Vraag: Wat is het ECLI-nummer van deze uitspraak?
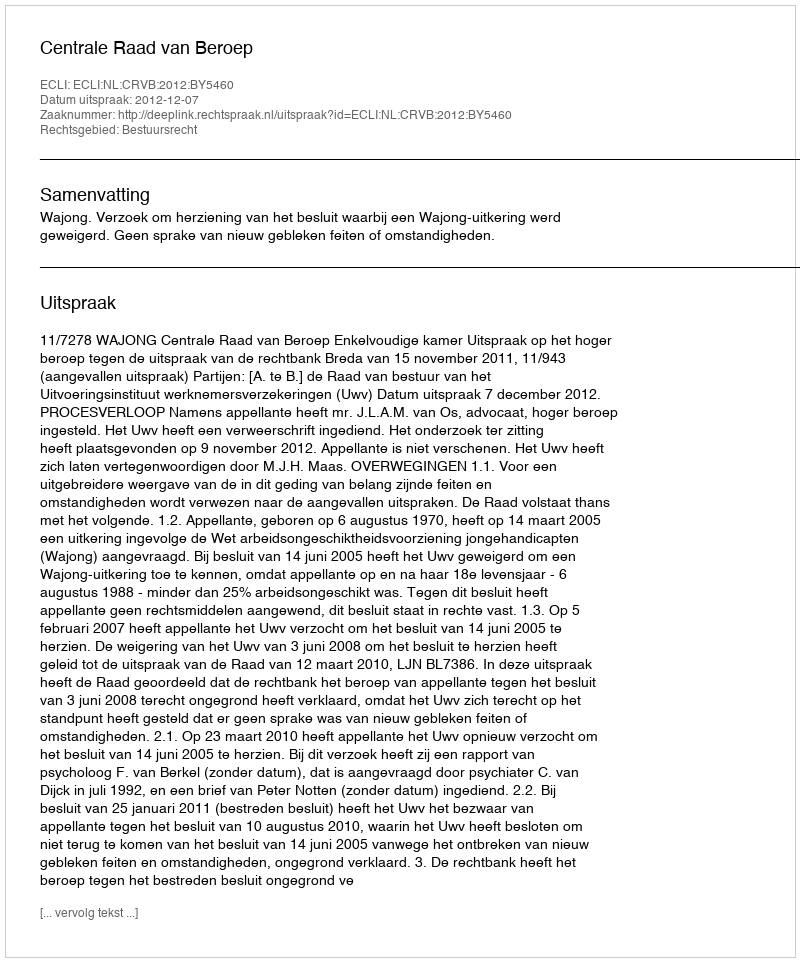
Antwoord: ECLI:NL:CRVB:2012:BY5460